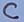
Text: C